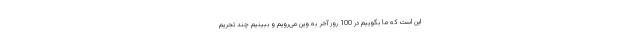
این است که ما بگوییم در 100 روز آخر به وین می‌رویم و ببینیم چند تحریم